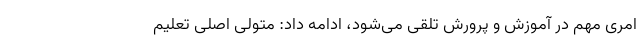
امری مهم در آموزش و پرورش تلقی می‌شود، ادامه داد: متولی اصلی تعلیم